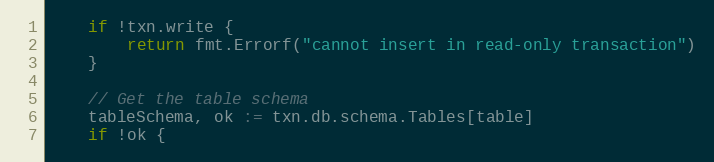
Language: Go
	if !txn.write {
		return fmt.Errorf("cannot insert in read-only transaction")
	}

	// Get the table schema
	tableSchema, ok := txn.db.schema.Tables[table]
	if !ok {